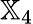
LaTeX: {\mathbb X}_{4}